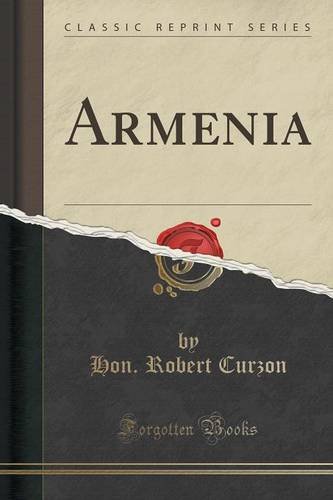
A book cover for Armenia (Classic Reprint); Hon. Robert Curzon; Travel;